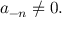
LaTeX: a _ { - n } \neq 0 .